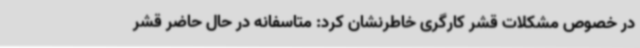
در خصوص مشکلات قشر کارگری خاطرنشان کرد: متاسفانه در حال حاضر قشر